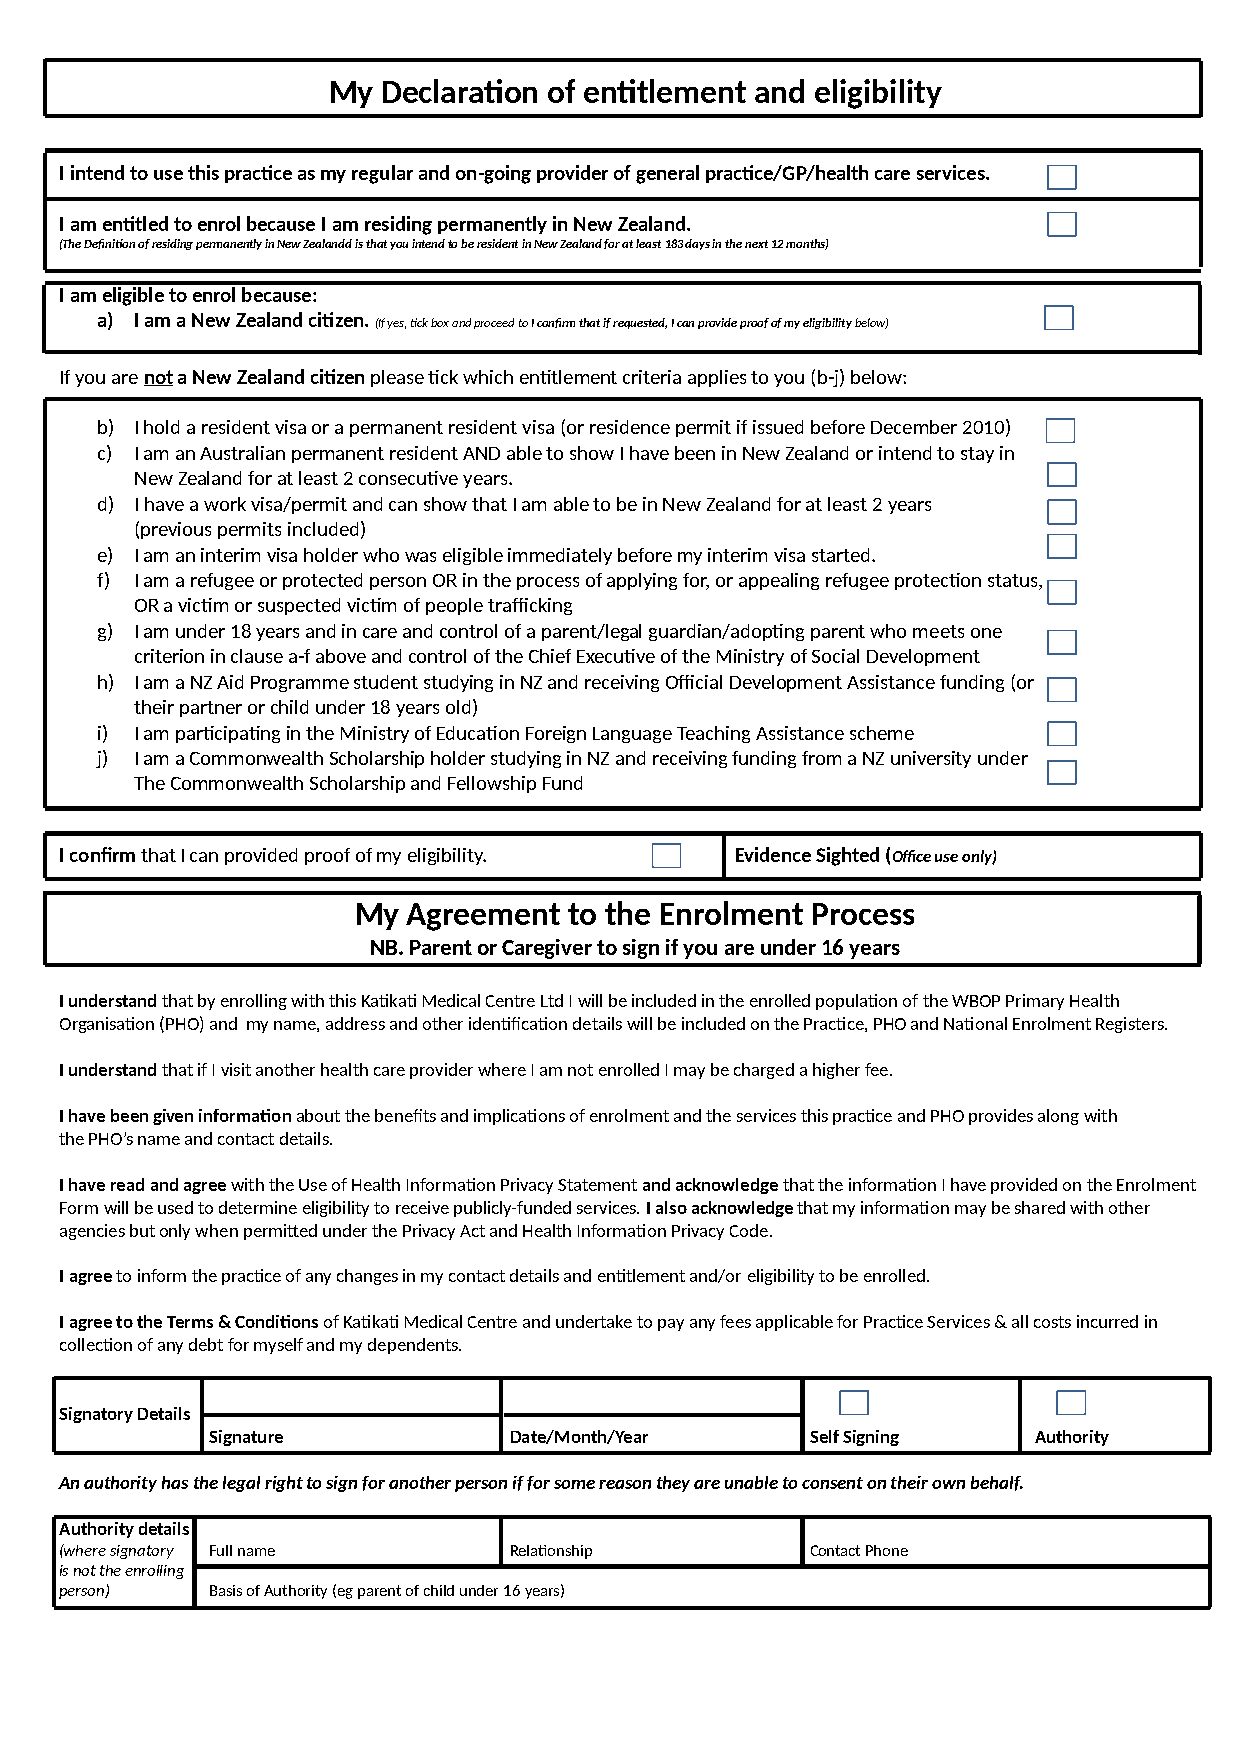
My Declaration of entitlement and eligibility
 I intend to use this practice as my regular and on-going provider of general practice/GP/health care services.
 I am entitled to enrol because I am residing permanently in New Zealand.
 (The Definition of residing permanently in New Zealandd is that you intend to be resident in New Zealand for at least 183 days in the next 12 months)
 I am eligible to enrol because:
 a) I am a New Zealand citizen. (If yes, tick box and proceed to I confirm that if requested, I can provide proof of my eligibility below)
 If you are not a New Zealand citizen please tick which entitlement criteria applies to you (b-j) below:
 b) I hold a resident visa or a permanent resident visa (or residence permit if issued before December 2010)
 c) I am an Australian permanent resident AND able to show I have been in New Zealand or intend to stay in
 New Zealand for at least 2 consecutive years.
 d) I have a work visa/permit and can show that I am able to be in New Zealand for at least 2 years
 (previous permits included)
 e) I am an interim visa holder who was eligible immediately before my interim visa started.
 f) I am a refugee or protected person OR in the process of applying for, or appealing refugee protection status,
 OR a victim or suspected victim of people trafficking
 g) I am under 18 years and in care and control of a parent/legal guardian/adopting parent who meets one
 criterion in clause a-f above and control of the Chief Executive of the Ministry of Social Development
 h) I am a NZ Aid Programme student studying in NZ and receiving Official Development Assistance funding (or
 their partner or child under 18 years old)
 i) I am participating in the Ministry of Education Foreign Language Teaching Assistance scheme
 j) I am a Commonwealth Scholarship holder studying in NZ and receiving funding from a NZ university under
 The Commonwealth Scholarship and Fellowship Fund
 I confirm that I can provided proof of my eligibility. Evidence Sighted (Office use only)
 My  Agreement  to the Enrolment Process
 NB. Parent or Caregiver to sign if you are under 16 years
 I understand that by enrolling with this Katikati Medical Centre Ltd I will be included in the enrolled population of the WBOP Primary Health
 Organisation (PHO) and my name, address and other identification details will be included on the Practice, PHO and National Enrolment Registers.
 I understand that if I visit another health care provider where I am not enrolled I may be charged a higher fee.
 I have been given information about the benefits and implications of enrolment and the services this practice and PHO provides along with
 the PHO’s name and contact details.
 I have read and agree with the Use of Health Information Privacy Statement and acknowledge that the information I have provided on the Enrolment
 Form will be used to determine eligibility to receive publicly-funded services. I also acknowledge that my information may be shared with other
 agencies but only when permitted under the Privacy Act and Health Information Privacy Code.
 I agree to inform the practice of any changes in my contact details and entitlement and/or eligibility to be enrolled.
 I agree to the Terms & Conditions of Katikati Medical Centre and undertake to pay any fees applicable for Practice Services & all costs incurred in
 collection of any debt for myself and my dependents.
 Signatory Details
 Signature           Date/Month/Year     Self Signing  Authority
 An authority has the legal right to sign for another person if for some reason they are unable to consent on their own behalf.
 Authority details
 (where signatory Full name    Relationship        Contact Phone
 is not the enrolling
 person)   Basis of Authority (eg parent of child under 16 years)